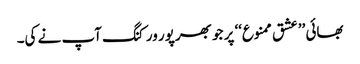
بھائی ’’عشق ممنوع‘‘ پر جو بھرپور ورکنگ آپ نے کی۔